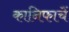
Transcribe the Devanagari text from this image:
कानिफाचें